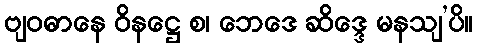
ဗျဝဓာနေ ဝိနဋ္ဌေ စ၊ ဘေဒေ ဆိဒ္ဒေ မနသျ’ပိ။